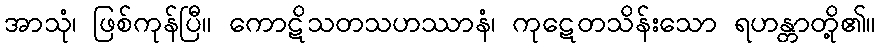
အာသုံ၊ ဖြစ်ကုန်ပြီ။ ကောဋိသတသဟဿာနံ၊ ကုဋေတသိန်းသော ရဟန္တာတို့၏။